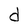
Character: d